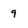
Character: 9